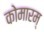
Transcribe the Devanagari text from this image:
कोमारम्